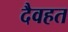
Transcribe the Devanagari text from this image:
दैवहत